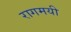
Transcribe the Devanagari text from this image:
रागमयी